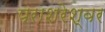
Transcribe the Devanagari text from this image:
पराशरेश्वर